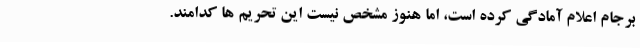
برجام اعلام آمادگی کرده است، اما هنوز مشخص نیست این تحریم ها کدامند.